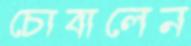
চোবালেন